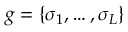
g = \{ \sigma _ { 1 } , \dots , \sigma _ { L } \}